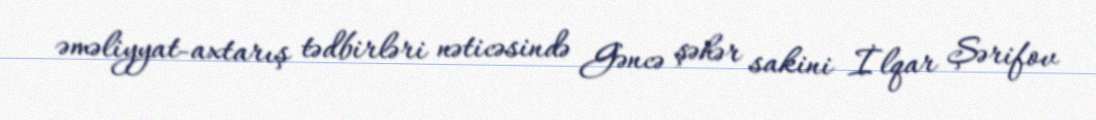
əməliyyat-axtarış tədbirləri nəticəsində Gəncə şəhər sakini İlqar Şərifov